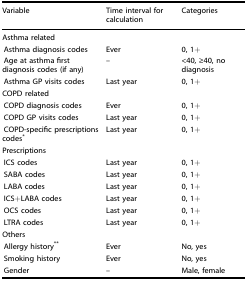
<table><thead><tr><td><b>Variable</b></td><td><b>Time interval for calculation</b></td><td><b>Categories</b></td></tr></thead><tbody><tr><td colspan="3">Asthma related</td></tr><tr><td> Asthma diagnosis codes</td><td>Ever</td><td>0, 1+</td></tr><tr><td> Age at asthma first diagnosis codes (if any)</td><td>–</td><td>&lt;40, ≥40, no diagnosis</td></tr><tr><td> Asthma GP visits codes</td><td>Last year</td><td>0, 1+</td></tr><tr><td colspan="3">COPD related</td></tr><tr><td> COPD diagnosis codes</td><td>Ever</td><td>0, 1+</td></tr><tr><td> COPD GP visits codes</td><td>Last year</td><td>0, 1+</td></tr><tr><td> COPD-specific prescriptions codes<sup>*</sup></td><td>Last year</td><td>0, 1+</td></tr><tr><td colspan="3">Prescriptions</td></tr><tr><td> ICS codes</td><td>Last year</td><td>0, 1+</td></tr><tr><td> SABA codes</td><td>Last year</td><td>0, 1+</td></tr><tr><td> LABA codes</td><td>Last year</td><td>0, 1+</td></tr><tr><td> ICS+LABA codes</td><td>Last year</td><td>0, 1+</td></tr><tr><td> OCS codes</td><td>Last year</td><td>0, 1+</td></tr><tr><td> LTRA codes</td><td>Last year</td><td>0, 1+</td></tr><tr><td colspan="3">Others</td></tr><tr><td> Allergy history<sup>**</sup></td><td>Ever</td><td>No, yes</td></tr><tr><td> Smoking history</td><td>Ever</td><td>No, yes</td></tr><tr><td> Gender</td><td>–</td><td>Male, female</td></tr></tbody></table>